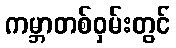
ကမ္ဘာတစ်ဝှမ်းတွင်